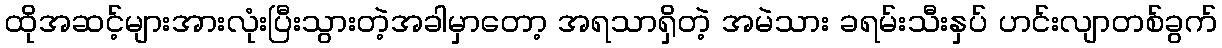
ထိုအဆင့်များအားလုံးပြီးသွားတဲ့အခါမှာတော့ အရသာရှိတဲ့ အမဲသား ခရမ်းသီးနှပ် ဟင်းလျာတစ်ခွက်